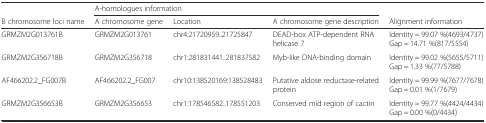
<table><thead><tr><td></td><td colspan="3"><b>A-homologues information</b></td><td></td></tr><tr><td><b>B chromosome loci name</b></td><td><b>A chromosome gene</b></td><td><b>Location</b></td><td><b>A chromosome gene description</b></td><td><b>Alignment information</b></td></tr></thead><tbody><tr><td>GRMZM2G013761B</td><td>GRMZM2G013761</td><td>chr4:21720959..21725847</td><td>DEAD-box ATP-dependent RNA helicase 7</td><td>Identity = 99.07 %(4693/4737) Gap = 14.71 %(817/5554)</td></tr><tr><td>GRMZM2G356718B</td><td>GRMZM2G356718</td><td>chr1:281831441..281837582</td><td>Myb-like DNA-binding domain</td><td>Identity = 99.02 %(5655/5711) Gap = 1.33 %(77/5788)</td></tr><tr><td>AF466202.2_FG007B</td><td>AF466202.2_FG007</td><td>chr10:138520169:138528483</td><td>Putative aldose reductase-related protein</td><td>Identity = 99.99 %(7677/7678) Gap = 0.01 %(1/7679)</td></tr><tr><td>GRMZM2G356653B</td><td>GRMZM2G356653</td><td>chr1:178546582..178551203</td><td>Conserved mid region of cactin</td><td>Identity = 99.77 %(4424/4434) Gap = 0.00 %(0/4434)</td></tr></tbody></table>